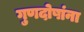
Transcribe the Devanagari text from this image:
गुणदोषांना